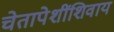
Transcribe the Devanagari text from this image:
चेतापेशींशिवाय